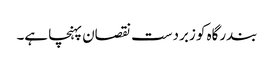
بندرگاہ کو زبردست نقصان پہنچا ہے۔